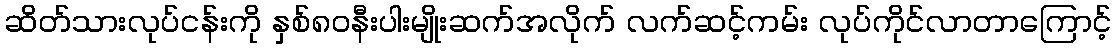
ဆိတ်သားလုပ်ငန်းကို နှစ်၈၀နီးပါးမျိုးဆက်အလိုက် လက်ဆင့်ကမ်း လုပ်ကိုင်လာတာကြောင့်